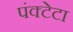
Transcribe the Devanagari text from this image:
पंक्टेटा